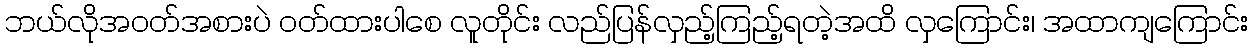
ဘယ်လိုအဝတ်အစားပဲ ဝတ်ထားပါစေ လူတိုင်း လည်ပြန်လှည့်ကြည့်ရတဲ့အထိ လှကြောင်း၊ အထာကျကြောင်း